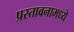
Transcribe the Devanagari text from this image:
प्रस्तावनामध्ये